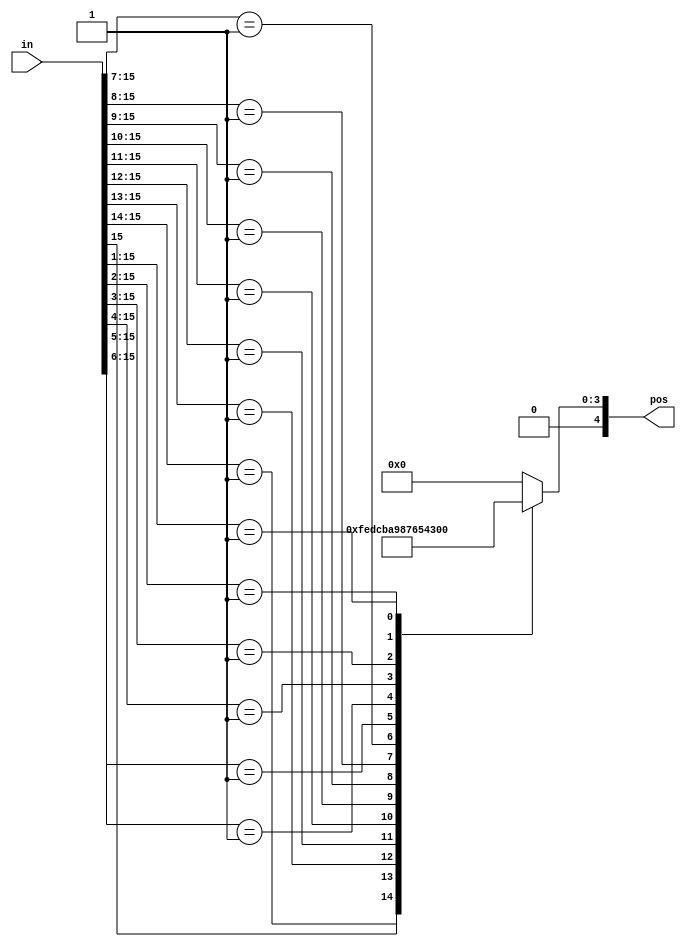
module cabac_bina_FC(
           in,
           pos
       );

input  [15:0]    in;
output [4:0]     pos;
reg    [4:0]     pos;
always @ (*)
begin
    casex (in)
        16'b1xxxxxxxxxxxxxxx:
            pos = 15;
        16'b01xxxxxxxxxxxxxx:
            pos = 14;
        16'b001xxxxxxxxxxxxx:
            pos = 13;
        16'b0001xxxxxxxxxxxx:
            pos = 12;
        16'b00001xxxxxxxxxxx:
            pos = 11;
        16'b000001xxxxxxxxxx:
            pos = 10;
        16'b0000001xxxxxxxxx:
            pos = 9;
        16'b00000001xxxxxxxx:
            pos = 8;
        16'b000000001xxxxxxx:
            pos = 7;
        16'b0000000001xxxxxx:
            pos = 6;
        16'b00000000001xxxxx:
            pos = 5;
        16'b000000000001xxxx:
            pos = 4;
        16'b0000000000001xxx:
            pos = 3;
        16'b00000000000001xx:
            pos = 2;
        16'b000000000000001x:
            pos = 1;
        default:
            pos = 0;
    endcase
end
endmodule